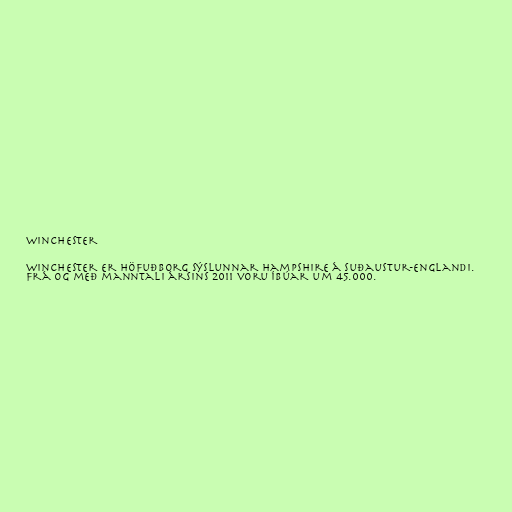
Winchester

Winchester er höfuðborg sýslunnar Hampshire á Suðaustur-Englandi.
Frá og með manntali ársins 2011 voru íbúar um 45.000.